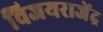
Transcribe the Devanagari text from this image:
विजयराजेंद्र